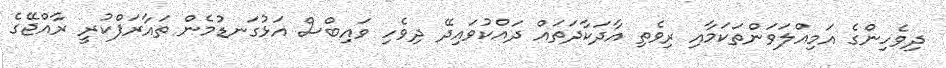
ދިވެހިންގެ އަމިއްލަވަންތަކަމާއި ރިވެތި އާދަކާދަތައް ދައްކުވައިދޭ ދިވެހި ވައިބްސް އަޅުގަނޑުމެން ތައާރަފްކުރީ ރާއްޖޭގެ